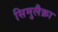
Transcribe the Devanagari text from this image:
सिमुलैक्रा